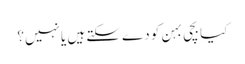
کیا بچی بہن کو دے سکتے ہیں یا نہیں؟